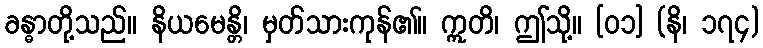
ခန္ဓာတို့သည်။ နိယမေန္တိ၊ မှတ်သားကုန်၏။ ဣတိ၊ ဤသို့။ [၀၁] (နိ၊ ၁၇၄)